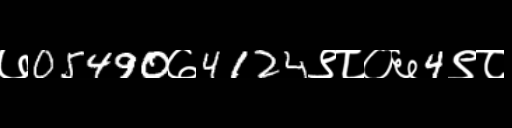
Text: ७05490७4124९८०६4९८